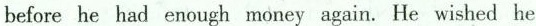
before he had enough money again. He wished he